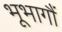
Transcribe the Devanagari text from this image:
भूभागौं